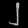
Digit: ၂